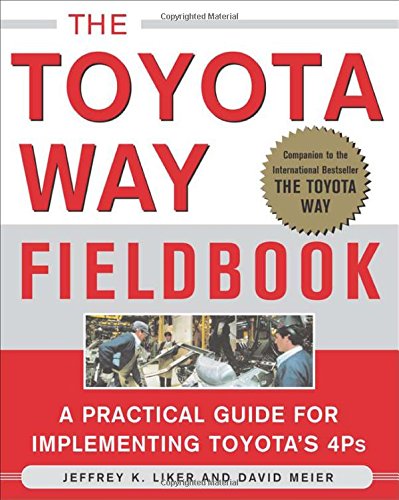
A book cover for The Toyota Way Fieldbook; Jeffrey  Liker; Engineering & Transportation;